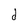
Character: d